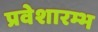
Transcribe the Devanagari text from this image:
प्रवेशारम्भ